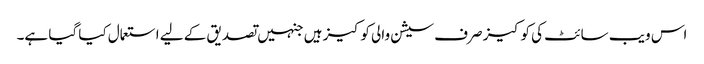
اس ویب سائٹ کی کوکیز صرف سیشن والی کوکیز ہیں جنہیں تصدیق کے لیے استعمال کیا گیا ہے۔